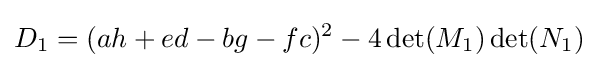
D_{1}=(ah+ed-bg-fc)^{2}-4\det(M_{1})\det(N_{1})